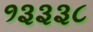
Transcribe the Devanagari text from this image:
१३३३८